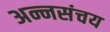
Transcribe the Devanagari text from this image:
अन्नसंचय